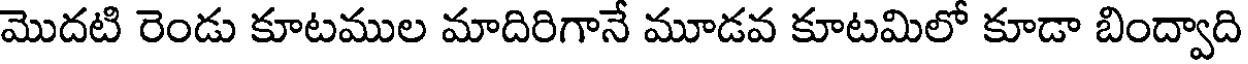
మొదటి రెండు కూటముల మాదిరిగానే మూడవ కూటమిలో కూడా బింద్వాది